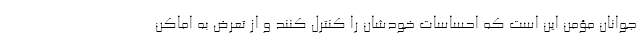
جوانان مؤمن این است که احساسات خودشان را کنترل کنند و از تعرض به اماکن